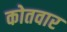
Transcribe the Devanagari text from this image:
कोतवार